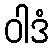
ဝါဒံ